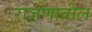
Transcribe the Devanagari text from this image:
रांजणातील